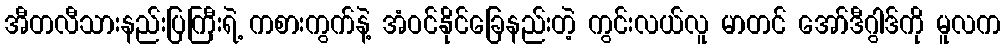
အီတလီသားနည်းပြကြီးရဲ့ ကစားကွက်နဲ့ အံဝင်နိုင်ခြေနည်းတဲ့ ကွင်းလယ်လူ မာတင် အော်ဒီဂွါဒ်ကို မူလက